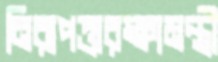
নিরাপত্তারক্ষামন্ত্রী